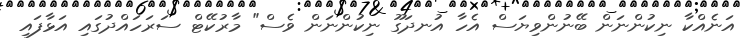
އަނެއްކާ ނިކުންނަން ބޭނުންވިޔަސް އެހާ އުނދަގޫ ނިކުންނަން ވެސް" މާރުކޭޓް ސަރަހައްދުގައި އަޅާފައި